Leningradi_Edasi_toimetus, lk 12
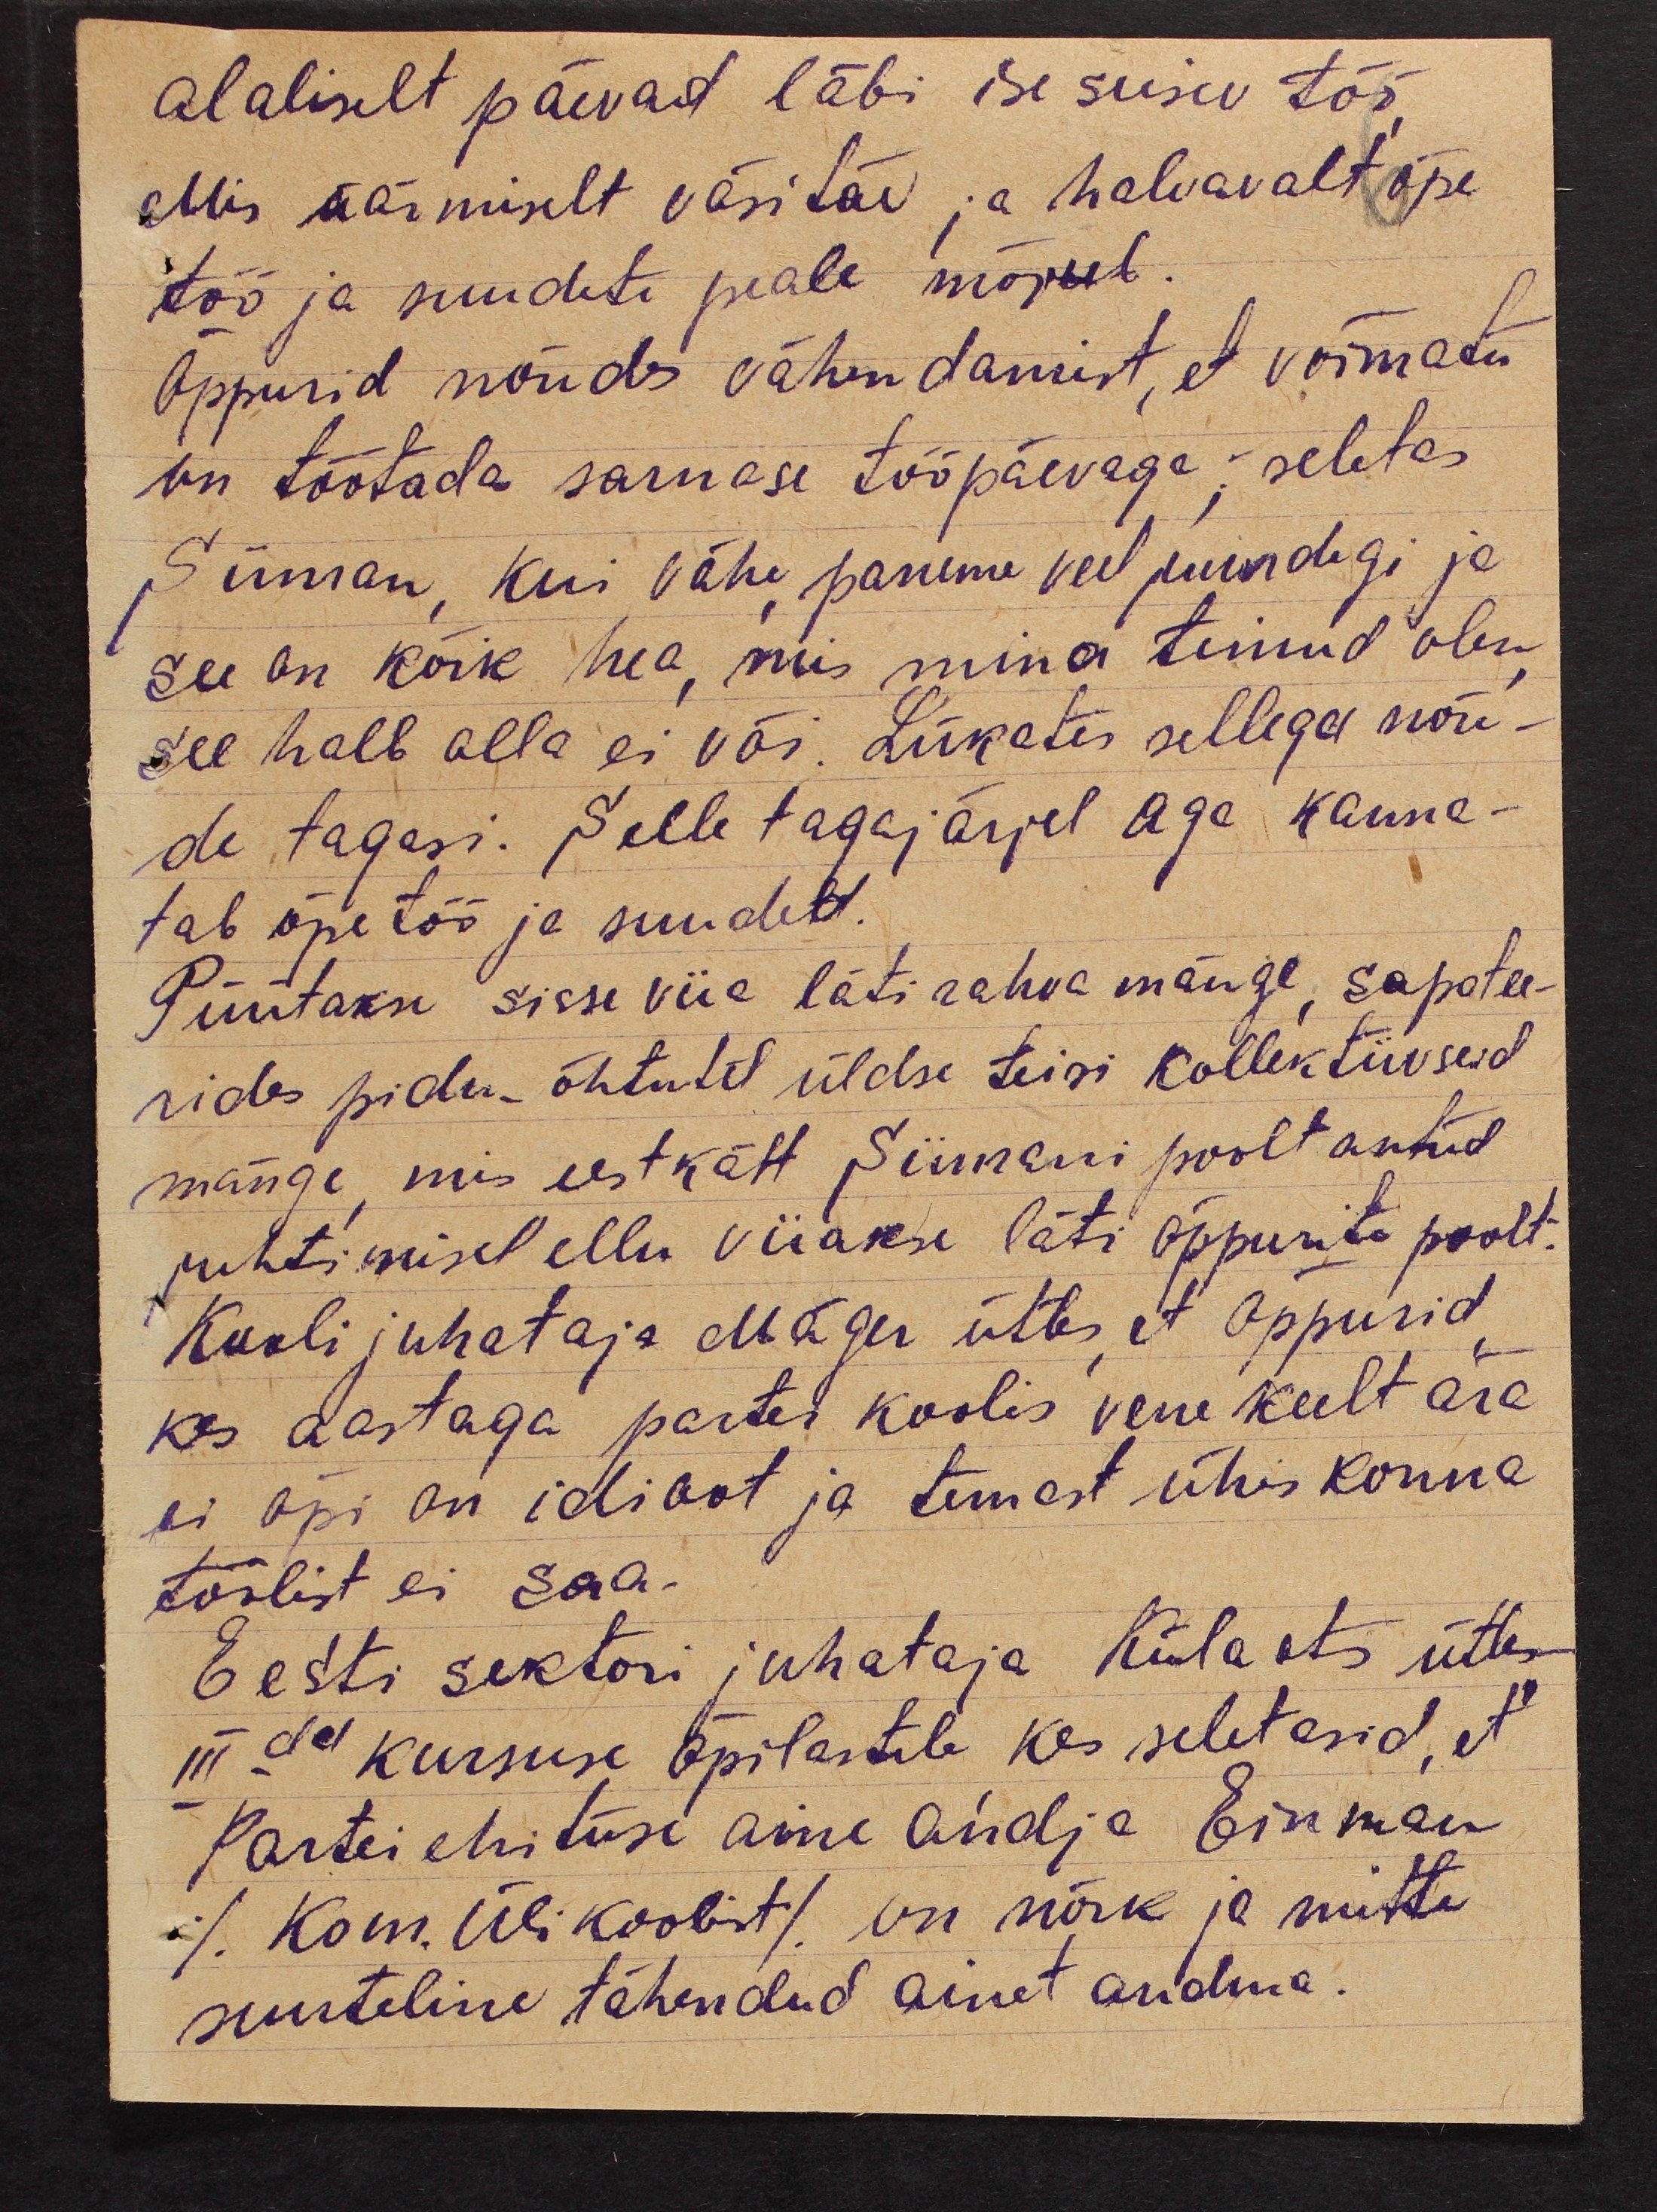
alaliselt päevad läbi iseseisev töö,
Mis äärmiselt väsitav ja halvavalt õpe
töö ja suudete peale mõjub.
Õppurid nõudes vähendamist, et võimatu
on töötada sarnase tööpäevaga; seletas
Siiman, kui vähe, paneme veel juurdegi ja
see on kõik hea, mis mina teinud olen,
see halb olla ei või. Lükates sellega nõu-
de tagasi. Selle tagajärjel aga kanna-
tab õpetöö ja suuded.
Püütakse sisse viia läti rahva mänge, sapotee-
rides pidu õhtutel üldse teisi kollektiivseid
mänge, mis eestkätt Siimani poolt antud
juhtimisel ellu viiakse läti õppurite poolt.
Kooli juhataja Mäger ütles, et õppurid,
kes aastaga partei koolis vene keelt ära
ei õpi on idioot ja temast ühiskonna
töölist ei saa.
Eesti sektori juhataja Külaots ütles
IIIda kursuse õpilastele, kes seletasid, et
Partei ehituse aine andja Einman
( Kom. Ülikoolist) on nõrk ja mitte
suuteline tähendud ainet andma.